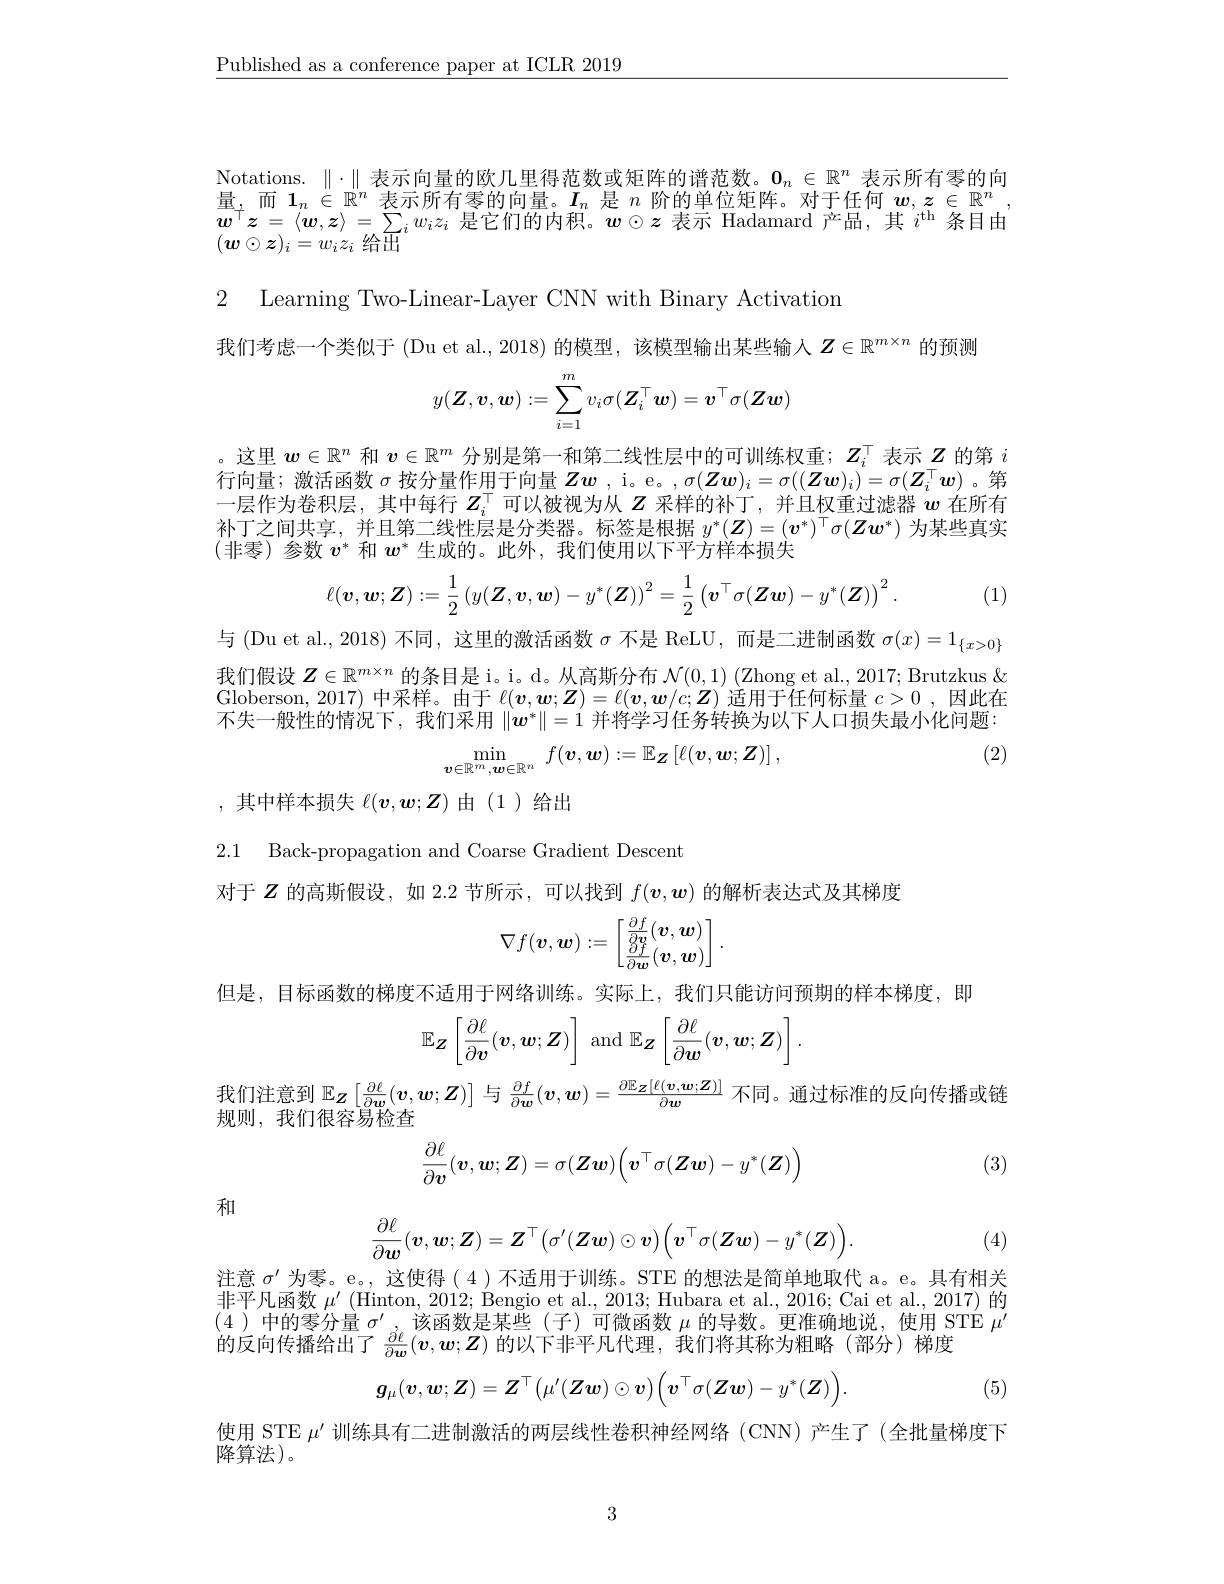
$\underline{\text{Published as a conference paper at ICLR 2019}}$

$\begin{aligned}\text{Notations. }\|\cdot\|\text{ 表示向量的欧几里得范数或矩阵的谱范数。}\mathbf{0}_n\in\mathbb{R}^n\text{ 表示所有零的向}\end{aligned}$ 量，而$1_n\in\mathbb{R}^n$表示所有零的向量。$I_n$是$n$阶的单位矩阵。对于任何$w,z\in\mathbb{R}^n$ $\boldsymbol{w}^{\top}\boldsymbol{z}=\langle\boldsymbol{w},\boldsymbol{z}\rangle=\sum_iw_iz_i$是它们的内积。$\boldsymbol w\odot\boldsymbol{z}$表示 Hadamard 产品，其$i^\mathrm{th}$条目由$(\boldsymbol{w}\odot\boldsymbol{z})_i=w_iz_i$给出

2 Learning Two-Linear-Layer CNN with Binary Activation
我们考虑一个类似于 (Du et al., 2018) 的模型，该模型输出某些输入$Z\in\mathbb{R}^{m\times n}$的预测
$$y(\boldsymbol{Z},\boldsymbol{v},\boldsymbol{w}):=\sum_{i=1}^mv_i\sigma(\boldsymbol{Z}_i^\top\boldsymbol{w})=\boldsymbol{v}^\top\sigma(\boldsymbol{Z}\boldsymbol{w})$$
。这里$w\in\mathbb{R}^n$和$v\in\mathbb{R}^m$分别是第一和第二线性层中的可训练权重；$Z_i^\top$表示$Z$的第$i$ 行向量；激活函数$\sigma$按分量作用于向量$Z\boldsymbol{w}$ ,i。e。,$\sigma(\boldsymbol{Z}\boldsymbol{w})_i=\sigma((\boldsymbol{Z}\boldsymbol{w})_i)=\sigma(\boldsymbol{Z}_i^\top\boldsymbol{w})$ 。第一层作为卷积层，其中每行$Z_i^\top$可以被视为从$Z$采样的补丁，并且权重过滤器$w$在所有补丁之间共享，并且第二线性层是分类器。标签是根据$y^*(\boldsymbol{Z})=(v^*)^\top\sigma(\boldsymbol{Z}\boldsymbol{w}^*)$为某些真实$\langle$非零)参数$v^*$和$w^*$生成的。此外，我们使用以下平方样本损失
$$\ell(\boldsymbol{v},\boldsymbol{w};\boldsymbol{Z}):=\dfrac{1}{2}\left(y(\boldsymbol{Z},\boldsymbol{v},\boldsymbol{w})-y^*(\boldsymbol{Z})\right)^2=\dfrac{1}{2}\left(\boldsymbol{v}^\top\sigma(\boldsymbol{Z}\boldsymbol{w})-y^*(\boldsymbol{Z})\right)^2.$$
(1)

与 (Du et al., 2018) 不同，这里的激活函数$\sigma$不是 ReLU, 而是二进制函数$\sigma(x)=1_\{x>0\}$

我们假设$\boldsymbol{Z}\in\mathbb{R}^{m\times n}$的条目是 i。d。从高斯分布$\mathcal{N}(0,1)$ (Zhong et al., 2017; Brutzkus & Globerson, 2017) 中 采 样 。由 于 $\ell ( \boldsymbol{v}, \boldsymbol{w}; \boldsymbol{Z}) = \ell ( \boldsymbol{v}, \boldsymbol{w}/ c; \boldsymbol{Z}) ^{\prime }\bar {\text{适 用 于 任 何 标 量 }c> 0}$,因 此 在 了 生 如 地 的 情 况 下 本 幻 可 用 $\| _{* }{1}$ 并 将 当 可 行 名 杜 牧 为 山 下 上 中 中 生 是 . 不失一般性的情况下，我们采用$\|\boldsymbol{w}^*\|=1$并将学习任务转换为以下人口损失最小化问题：
$$\min_{\boldsymbol{v}\in\mathbb{R}^m,\boldsymbol{w}\in\mathbb{R}^n}\:f(\boldsymbol{v},\boldsymbol{w}):=\mathbb{E}_{\boldsymbol{Z}}\left[\ell(\boldsymbol{v},\boldsymbol{w};\boldsymbol{Z})\right],$$
(2)

,其中样本损失$\ell(v,\boldsymbol{w};\boldsymbol{Z})$由(1)给出

2.1 Back-propagation and Coarse Gradient Descent

对于$Z$的高斯假设，如 2.2 节所示，可以找到$f(\boldsymbol{v},\boldsymbol{w})$的解析表达式及其梯度
$$\nabla f(\boldsymbol v,\boldsymbol w):=\begin{bmatrix}\frac{\partial f}{\partial\boldsymbol v}(\boldsymbol v,\boldsymbol w)\\\frac{\partial f}{\partial\boldsymbol w}(\boldsymbol v,\boldsymbol w)\end{bmatrix}.$$
但是，目标函数的梯度不适用于网络训练。实际上，我们只能访问预期的样本梯度，即
$$\mathbb{E}_{\boldsymbol{Z}}\left[\frac{\partial\ell}{\partial\boldsymbol{v}}(\boldsymbol{v},\boldsymbol{w};\boldsymbol{Z})\right]\:\mathrm{and}\:\mathbb{E}_{\boldsymbol{Z}}\left[\frac{\partial\ell}{\partial\boldsymbol{w}}(\boldsymbol{v},\boldsymbol{w};\boldsymbol{Z})\right].$$
我们注意到$\mathbb{E}_{\boldsymbol{Z}}\left[\frac{\partial\ell}{\partial\boldsymbol{w}}(v,\boldsymbol{w};\boldsymbol{Z})\right]$ 与$\frac{\partial f}{\partial\boldsymbol{w}}(\boldsymbol{v},\boldsymbol{w})=\frac{\partial\mathbb{E}_{\boldsymbol{Z}}[\ell(\boldsymbol{v},\boldsymbol{w};\boldsymbol{Z})]}{\partial\boldsymbol{w}}$ 不同。通过标准的反向传播或链

规则，我们很容易检查

(3)
$$\dfrac{\partial\ell}{\partial\boldsymbol{v}}(\boldsymbol{v},\boldsymbol{w};\boldsymbol{Z})=\sigma(\boldsymbol{Z}\boldsymbol{w})\Big(\boldsymbol{v}^\top\sigma(\boldsymbol{Z}\boldsymbol{w})-y^*(\boldsymbol{Z})\Big)$$
和
$$\frac{\partial\ell}{\partial\boldsymbol{w}}(\boldsymbol{v},\boldsymbol{w};\boldsymbol{Z})=\boldsymbol{Z}^\top\big(\sigma'(\boldsymbol{Z}\boldsymbol{w})\odot\boldsymbol{v}\big)\big(\boldsymbol{v}^\top\sigma(\boldsymbol{Z}\boldsymbol{w})-y^*(\boldsymbol{Z})\big).$$
(4)

注意$\sigma^\prime$为零。e。, 这使得( 4 )不适用于训练。STE 的想法是简单地取代 a。e。具有相关非平凡函数$\mu^\prime\left(\mathrm{Hinton,~2012;~Bengio~et~al.,~2013;~Hubara~et~al.,~2016;~Cai~et~al.,~2017)~}\text{的}\right)$ (4)中的零分量$\sigma^\prime$该函数是某些 (子)可微函数$\mu$的导数。更准确地说，使用 STE $\mu^\prime$ 的反向传播给出了$\frac{\partial\ell}{\partial\boldsymbol{w}}(\boldsymbol{v},\boldsymbol{w};\boldsymbol{Z})$的以下非平凡代理，我们将其称为粗略(部分)梯度
$$\boldsymbol{g}_\mu(\boldsymbol{v},\boldsymbol{w};\boldsymbol{Z})=\boldsymbol{Z}^\top\big(\mu'(\boldsymbol{Z}\boldsymbol{w})\odot\boldsymbol{v}\big)\Big(\boldsymbol{v}^\top\sigma(\boldsymbol{Z}\boldsymbol{w})-y^*(\boldsymbol{Z})\Big).$$
(5)

使用 STE $\mu^{\prime}$训练具有二进制激活的两层线性卷积神经网络 (CNN)产生了(全批量梯度下
降算法$\left)。\right)$

3